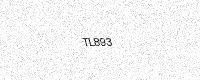
Text: TL893